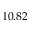
1 0 . 8 2